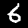
Label: 6